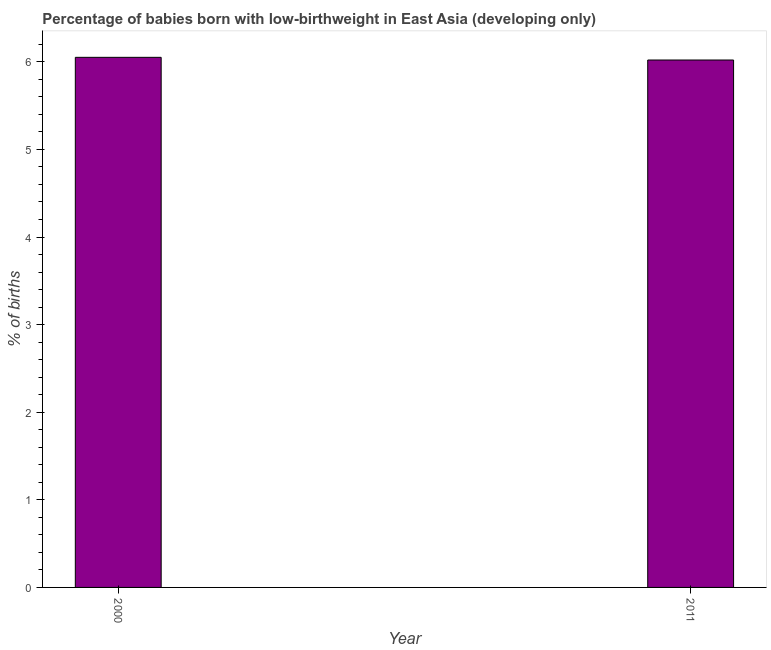
| Year | Low-birthweight babies |
 | --- | --- |
 | 2000 | 6.05 |
 | 2011 | 6.02 |